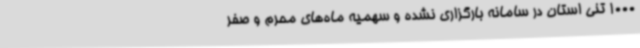
1000 تنی استان در سامانه بارگزاری نشده و سهمیه ماه‌های محرم و صفر